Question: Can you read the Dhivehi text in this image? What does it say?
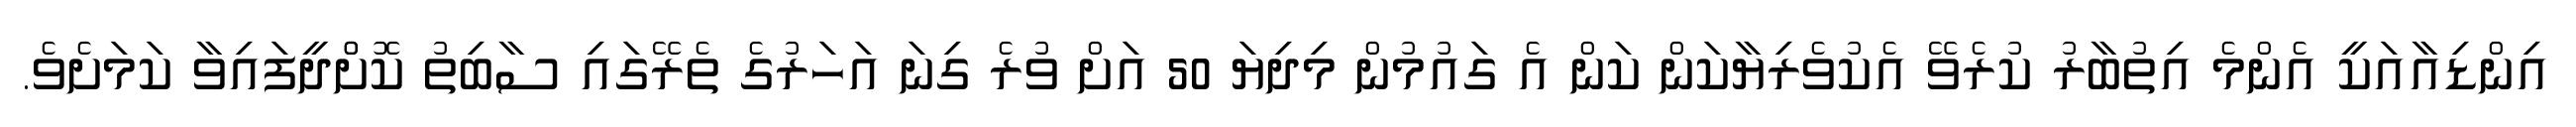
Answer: އިންޑިއާއަކީ އެންމެ އިތުބާރު ކުރެވޭ އެކުވެރިޔާކަން ކަން އެ ގައުމުން މިދިޔަ 50 އަށް ވުރެ ގިނަ އަހަރުގެ ތެރޭގައި ސާބިތު ކޮށްްދީފައިވާ ކަމަށެވެ.